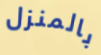
بالمنزل